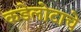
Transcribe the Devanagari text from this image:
कडेलोटाचे